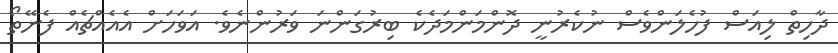
ދާހިތް ލިއަސް ފުހެލަންވެސް ނުކެރުނީ ދޮންމަންމަދެކެ ބިރުގަންނަ ވަރުންނެވެ. އަވަހަށް އެއެއްޗެއް ފެނޭތޯ